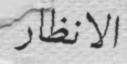
الانظار